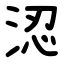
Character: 涊